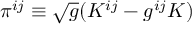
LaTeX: \pi ^ { i j } \equiv \sqrt { g } ( K ^ { i j } - g ^ { i j } K )